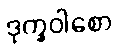
ဒုက္ခဝါစော